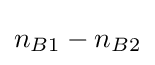
n_{B1}-n_{B2}